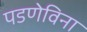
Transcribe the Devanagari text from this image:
पडणेविना